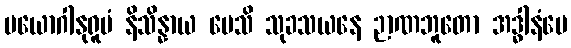
ပယောဂါနုရူပံ နိသိန္နာယ ပေသိ သုခသယနေ ဉာဏဘူတော အဒ္ဓါနံပေ